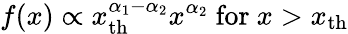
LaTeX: f(x)\propto x_{\mathrm{th}}^{\alpha_{1}-\alpha_{2}}x^{\alpha_{2}}{\mathrm{~for~}}x>x_{\mathrm{th}}